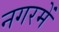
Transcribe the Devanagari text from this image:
नगरमें